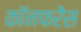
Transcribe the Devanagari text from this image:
कॉनफरेंस